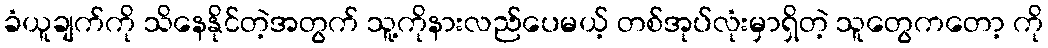
ခံယူချက်ကို သိနေနိုင်တဲ့အတွက် သူ့ကိုနားလည်ပေမယ့် တစ်အုပ်လုံးမှာရှိတဲ့ သူတွေကတော့ ကို